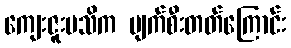
ကျေးဇူးမသိက ပျက်စီးတတ်ကြောင်း